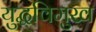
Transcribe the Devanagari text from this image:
युद्धविमुख